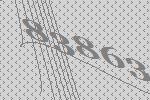
83863